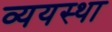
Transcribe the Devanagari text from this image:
व्ययस्था